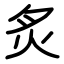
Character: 炙